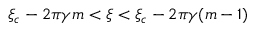
\xi _ { c } - 2 \pi \gamma m < \xi < \xi _ { c } - 2 \pi \gamma ( m - 1 )